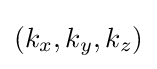
(k_{x},k_{y},k_{z})